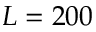
L = 2 0 0